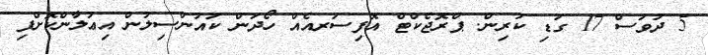
5 ދުވަސް 17 ގަޑި ކުރިން. ޕްރޮޖެކްޓް އޮފިސަރއެއް ހޯދަން ކައުންސިލުން އިޢުލާންކޮށްފި